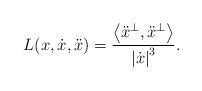
LaTeX: \begin{align*}L(x,\dot{x},\ddot{x})=\frac{\left\langle \ddot{x}^{\perp },\ddot{x}^{\perp}\right\rangle }{\left\vert \dot{x}\right\vert ^{3}}. \end{align*}